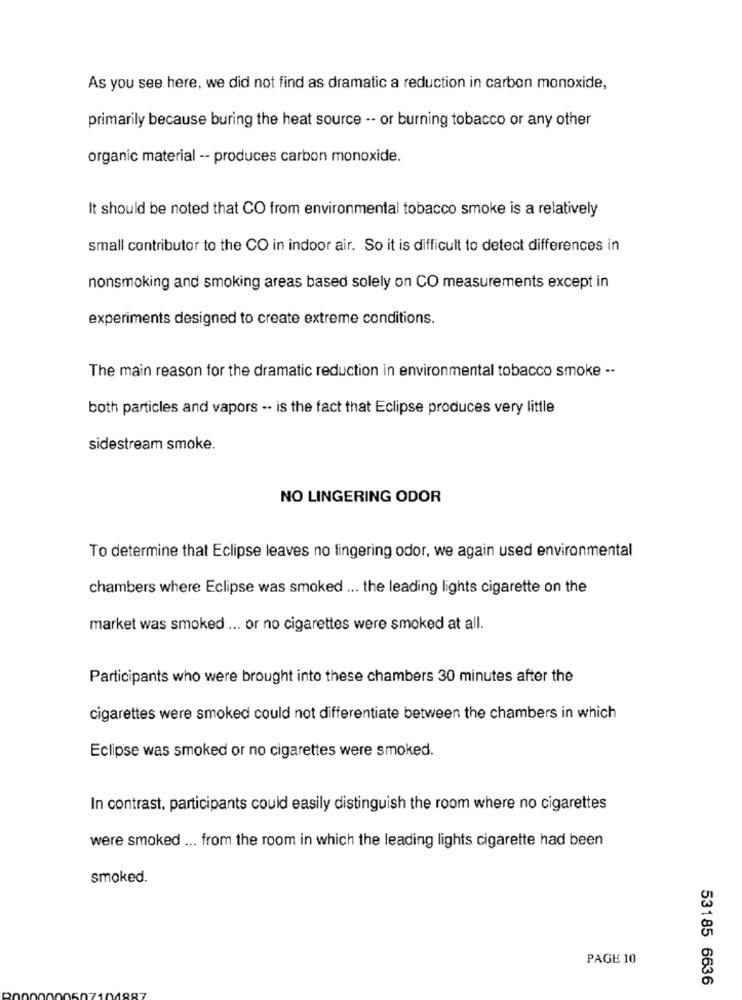
As you see here, we did not find as dramatic a reduction in carbon monoxide,
primarily because buring the heat source -- or burning tobacco or any other
organic material -- produces carbon monoxide.
It should be noted that CO from environmental tobacco smoke is a relatively
small contributor to the CO in indoor air. So it is difficult to detect differences in
nonsmoking and smoking areas based solely on CO measurements except in
experiments designed to create extreme conditions.
The main reason for the dramatic reduction in environmental tobacco smoke --
both particles and vapors -- is the fact that Eclipse produces very little
sidestream smoke.
NO LINGERING ODOR
To determine that Eclipse leaves no lingering odor, we again used environmental
chambers where Eclipse was smoked ... the leading lights cigarette on the
market was smoked ... or no cigarettes were smoked at all.
Participants who were brought into these chambers 30 minutes after the
cigarettes were smoked could not differentiate between the chambers in which
Eclipse was smoked or no cigarettes were smoked.
In contrast, participants could easily distinguish the room where no cigarettes
were smoked ... from the room in which the leading lights cigarette had been
smoked.
PAGE 10
53185 6636